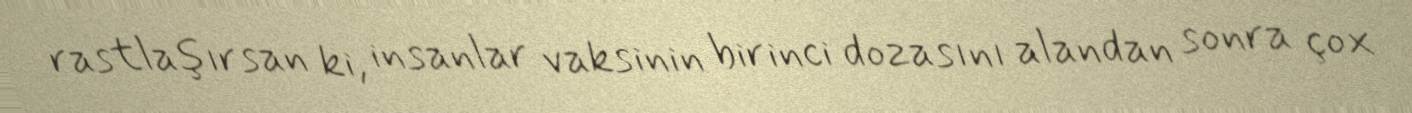
rastlaşırsan ki, insanlar vaksinin birinci dozasını alandan sonra çox